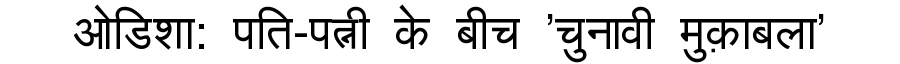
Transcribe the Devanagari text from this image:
ओडिशा: पति-पत्नी के बीच 'चुनावी मुक़ाबला'